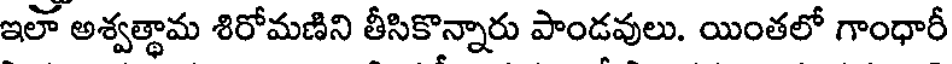
ఇలా అశ్వత్థామ శిరోమణిని తీసికొన్నారు పాండవులు. యింతలో గాంధారీ